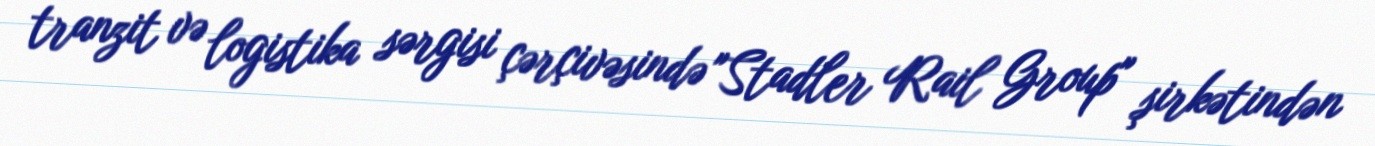
tranzit və logistika sərgisi çərçivəsində "Stadler Rail Group" şirkətindən